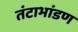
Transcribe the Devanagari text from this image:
तंटाभांडण